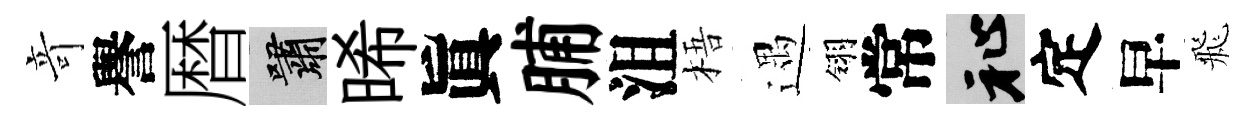
竒譽暦嘯晞眞脯沮梧遇翎常祉定早飛